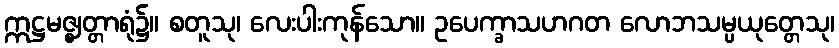
ဣဋ္ဌမဇ္ဈတ္တာရုံ၌။ စတူသု၊ လေးပါးကုန်သော။ ဥပေက္ခာသဟဂတ လောဘသမ္ပယုတ္တေသု၊